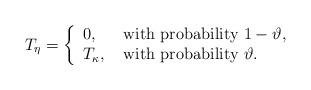
LaTeX: \begin{align*}T_{\eta}=\left\{\begin{array}{ll}0, &\mbox{ with probability }1-\vartheta,\\T_{\kappa}, &\mbox{ with probability }\vartheta.\end{array}\right.\end{align*}